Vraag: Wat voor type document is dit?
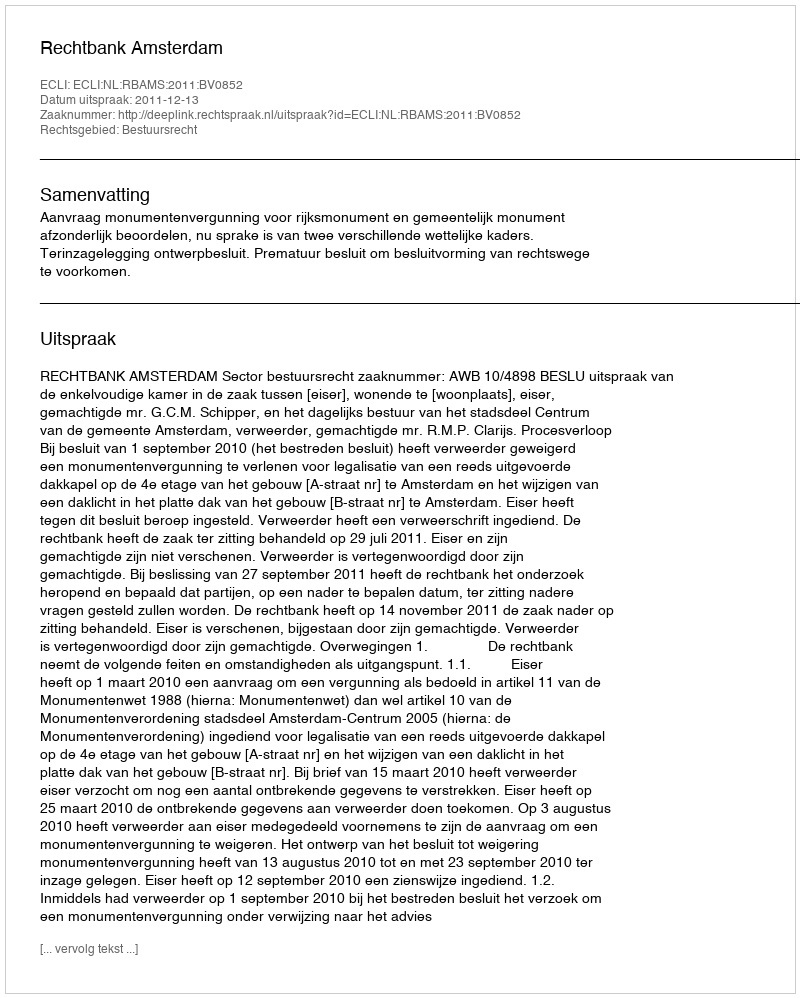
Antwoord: Uitspraak